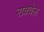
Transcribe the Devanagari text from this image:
राक्वेल